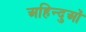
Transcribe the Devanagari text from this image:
अहिन्दुओं